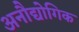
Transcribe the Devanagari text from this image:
अनौद्योगिक